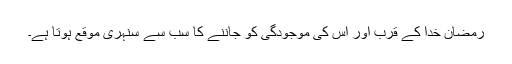
رمضان خدا کے قرب اور اس کی موجودگی کو جاننے کا سب سے سنہری موقع ہوتا ہے۔